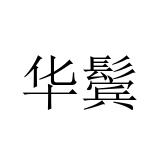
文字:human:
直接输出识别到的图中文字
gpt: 华鬓